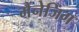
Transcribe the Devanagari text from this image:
मैंनेजिंग